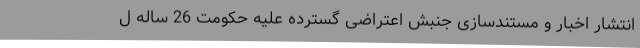
انتشار اخبار و مستندسازی جنبش اعتراضی گسترده علیه حکومت 26 ساله ل